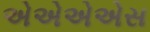
એએએએસ